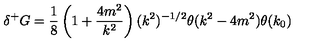
\delta ^ { + } G = \frac { 1 } { 8 } \left( 1 + \frac { 4 m ^ { 2 } } { k ^ { 2 } } \right) ( k ^ { 2 } ) ^ { - 1 / 2 } \theta ( k ^ { 2 } - 4 m ^ { 2 } ) \theta ( k _ { 0 } )